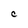
Character: C